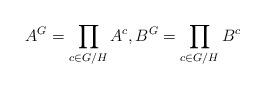
LaTeX: \begin{align*}A^G = \prod_{c \in G/H} A^c, B^G = \prod_{c \in G/H} B^c\end{align*}